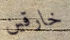
خارقين